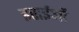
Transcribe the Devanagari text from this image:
इसईओं